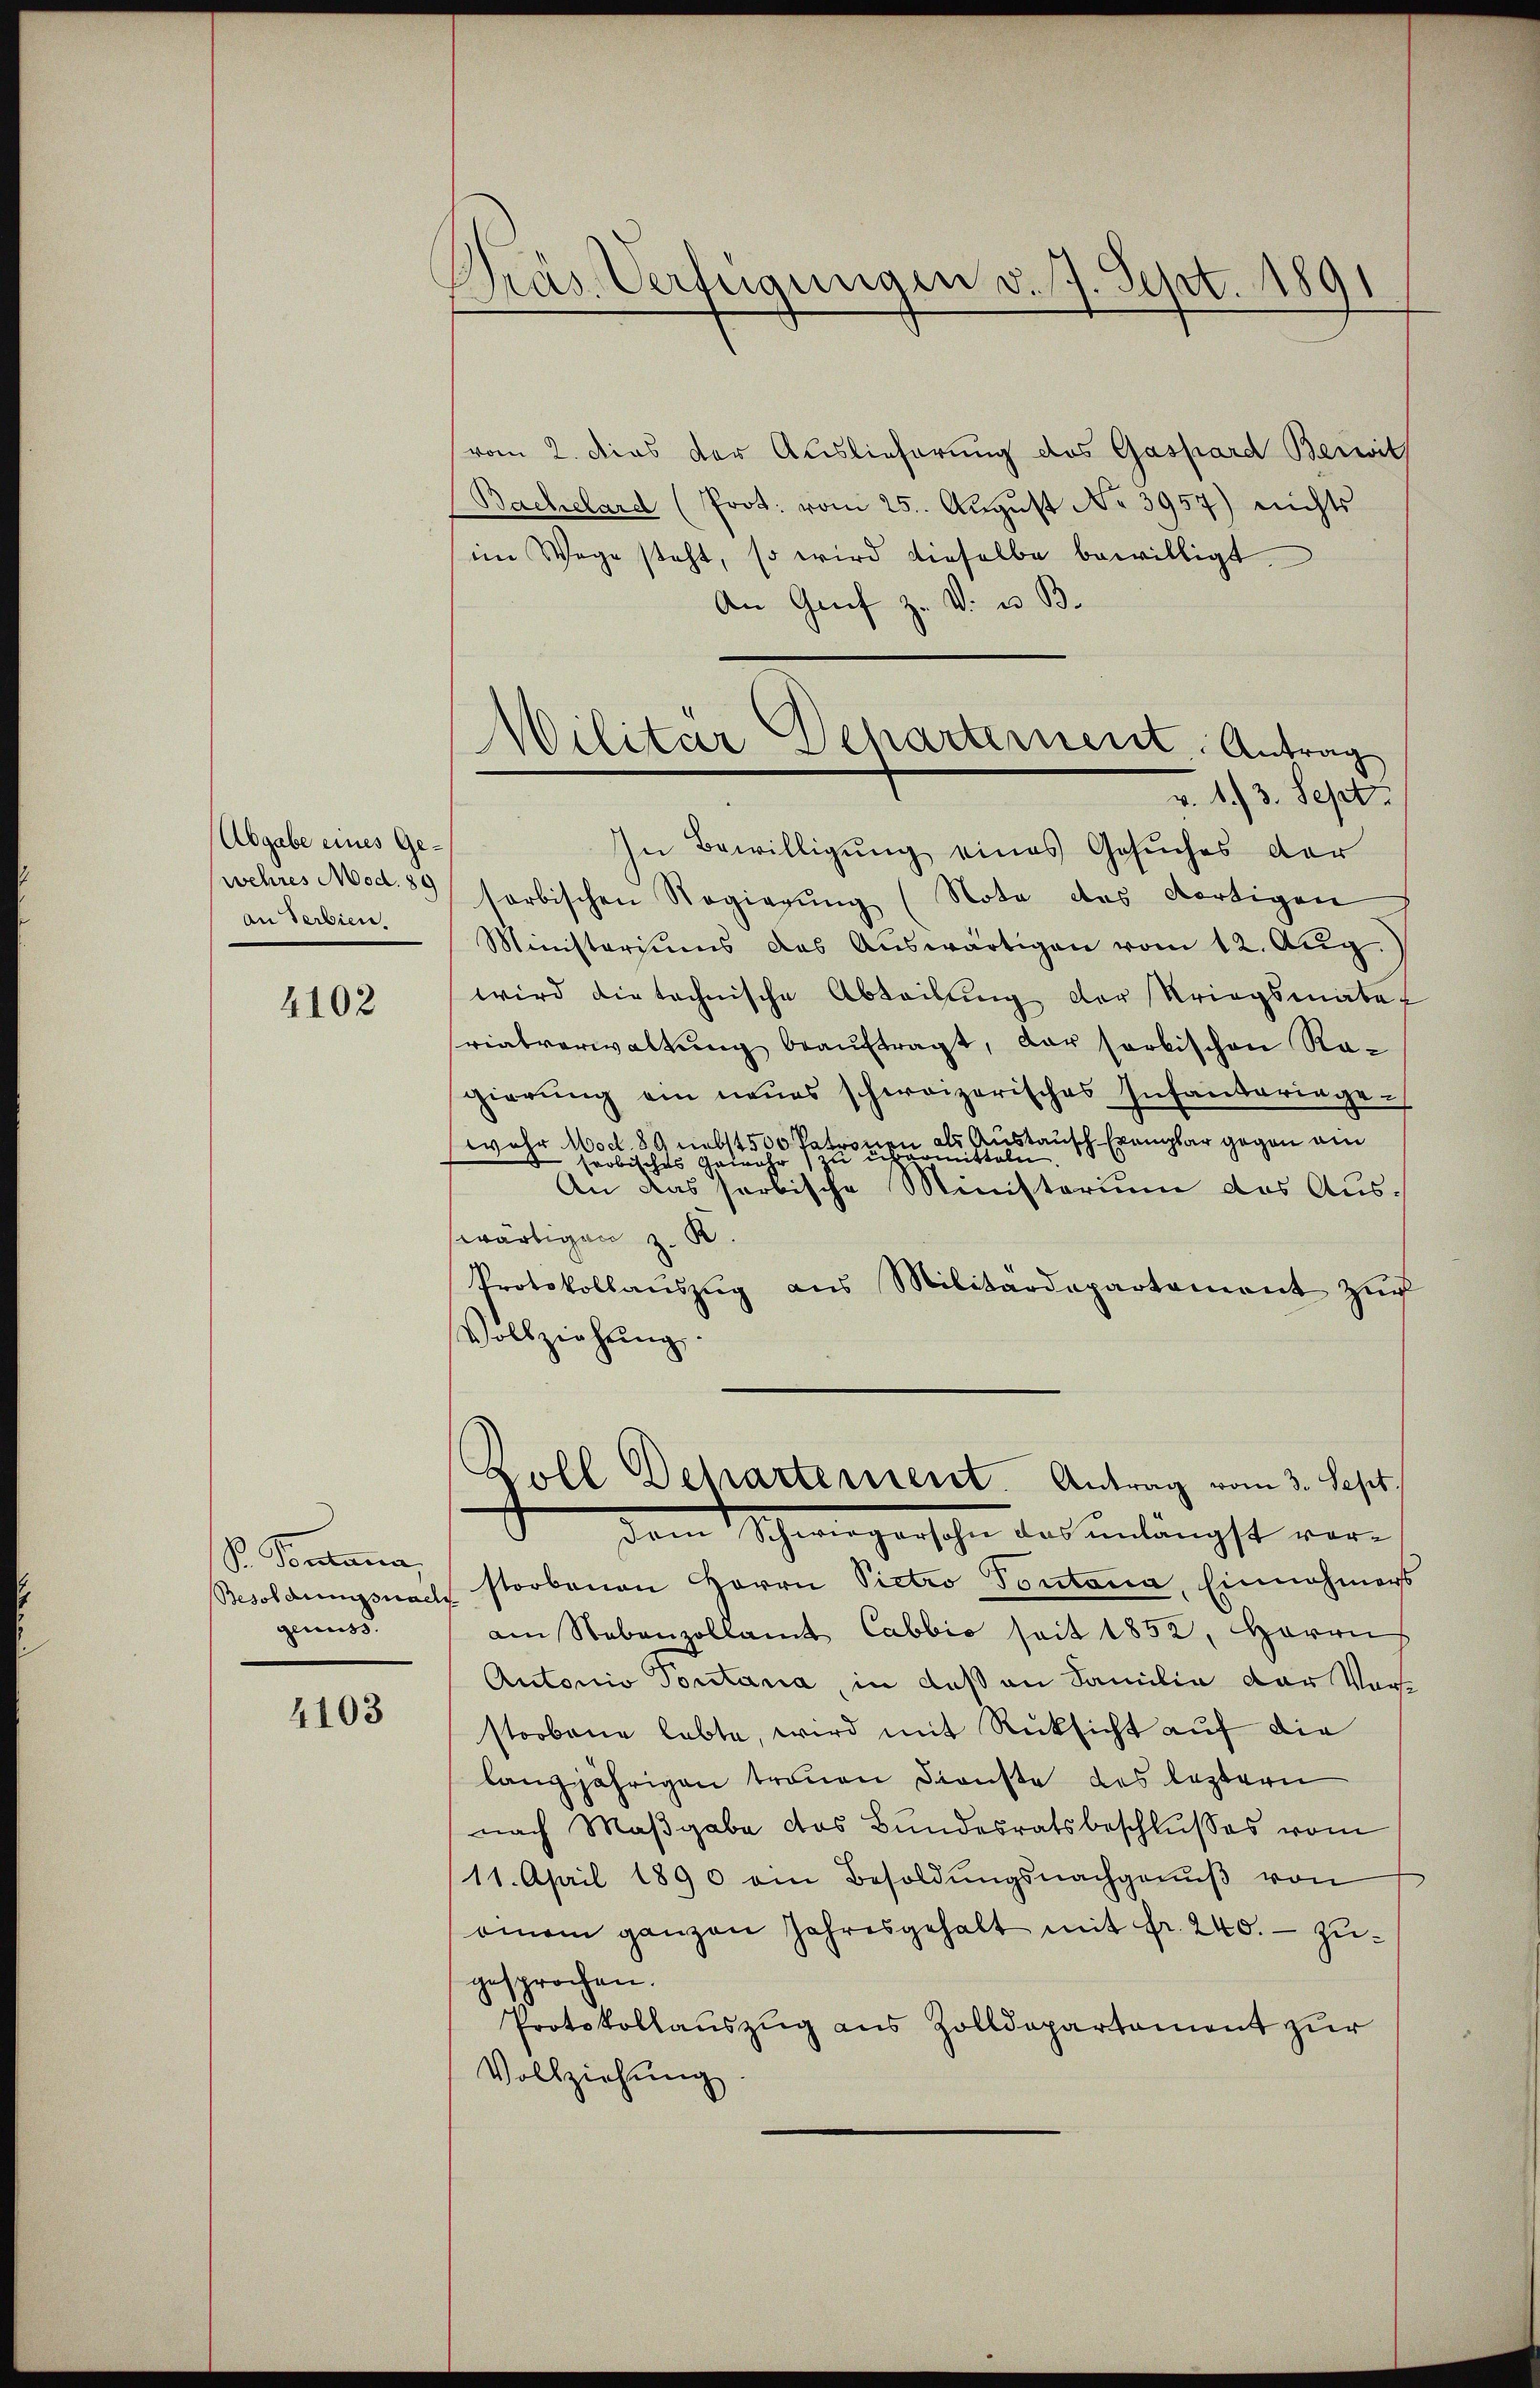
Abgabe eines Gewehres Mod. 89
an Serbien.

4102

So. Pontana,
genuss.

4103

Präs. Verfügungen d. 7. Sept. 1891

vom 2. dies der Auslieferung des Gaspard Berwith
Bachelard (Prot. vom 25. Aŭgŭst No 3957) nichts
im Wege steht, so wird dieselbe bewilligt.
An Grif z. V. u. B.
In Bewilligŭng eines Gesuches der
sorbischen Regierŭng (Nota des dortigen
Ministeriums das Aŭswärtigen vom 12. Aŭg.
wird die technische Abteilung der Kriegsmater
rialverwaltŭng beaŭftragt, das sorbischen Ragierung ein neues schweizerisches Infantariage.
 als Austausch Exemplar gegen ein
wahr Mod 89 nebst 500 Patrone
omissolnn
zu
färbisches Gewähr
An das sorbische Ministerium das Ausswärtigen z. B.
Protokollaŭszŭg aŭs Militärdepartement zŭg
Vollziehung.
Zoll Departement. Antrag vom 3. Sept
.
dem Schwiegersche das unlängst vor-
Besoldungsnach storbenen Herrn Pietro Pontana, Einnahmens
am Nebenzollamt Cabbio seit 1852, Herrn
Autonio Pontana, in daß an Familie der Vorstorbene lebte, wird mit Rücksicht auf die
langjährigen trauen Dienste des leztern
nach Maßgabe das Bundesratsbeschlusses vom
11. April 1890 ein Besoldŭngsnachgenŭβ von
onem ganzen Jahresgehalt mit fr. 240. - Zugesprochen.
Protokollauszug aus Zolldepartament zur
Vollziehung

Militär Departement. Antrag
v. 13. Sept.